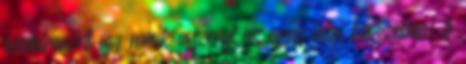
bántalmazott egy másik asszonyt az egyik helyi kávézóban. A